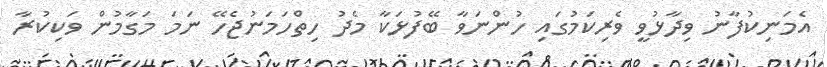
އެމަނިކުފާނު ވިދާޅުވީ ވެރިކަމުގައި ހުންނަވާ ބޭފުޅަކާ މެދު ހިތްހަމަނުޖެހޭ ނަމަ މަގާމުން ވަކިކުރާ